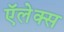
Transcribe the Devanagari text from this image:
ऍलेक्स